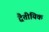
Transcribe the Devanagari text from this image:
द्वैतीयिक